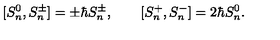
[ S _ { n } ^ { 0 } , S _ { n } ^ { \pm } ] = \pm \hbar S _ { n } ^ { \pm } , \qquad [ S _ { n } ^ { + } , S _ { n } ^ { - } ] = 2 \hbar S _ { n } ^ { 0 } .